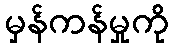
မှန်ကန်မှုကို